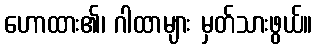
ဟောထား၏၊ ဂါထာများ မှတ်သားဖွယ်။